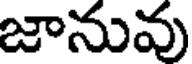
జానువు